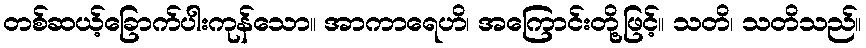
တစ်ဆယ့်ခြောက်ပါးကုန်သော။ အာကာရေဟိ၊ အကြောင်းတို့ဖြင့်။ သတိ၊ သတိသည်။